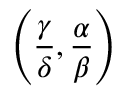
\left( { \frac { \gamma } { \delta } } , { \frac { \alpha } { \beta } } \right)